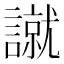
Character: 𧫾